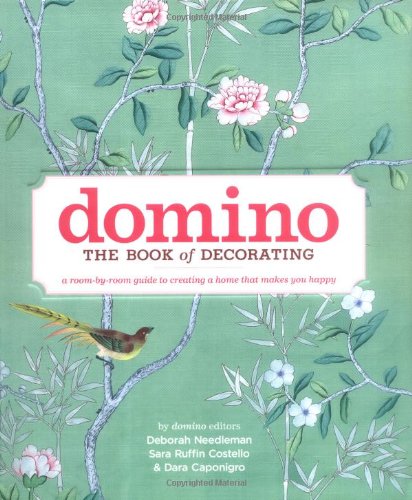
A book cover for Domino: The Book of Decorating: A Room-by-Room Guide to Creating a Home That Makes You Happy; Crafts, Hobbies & Home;